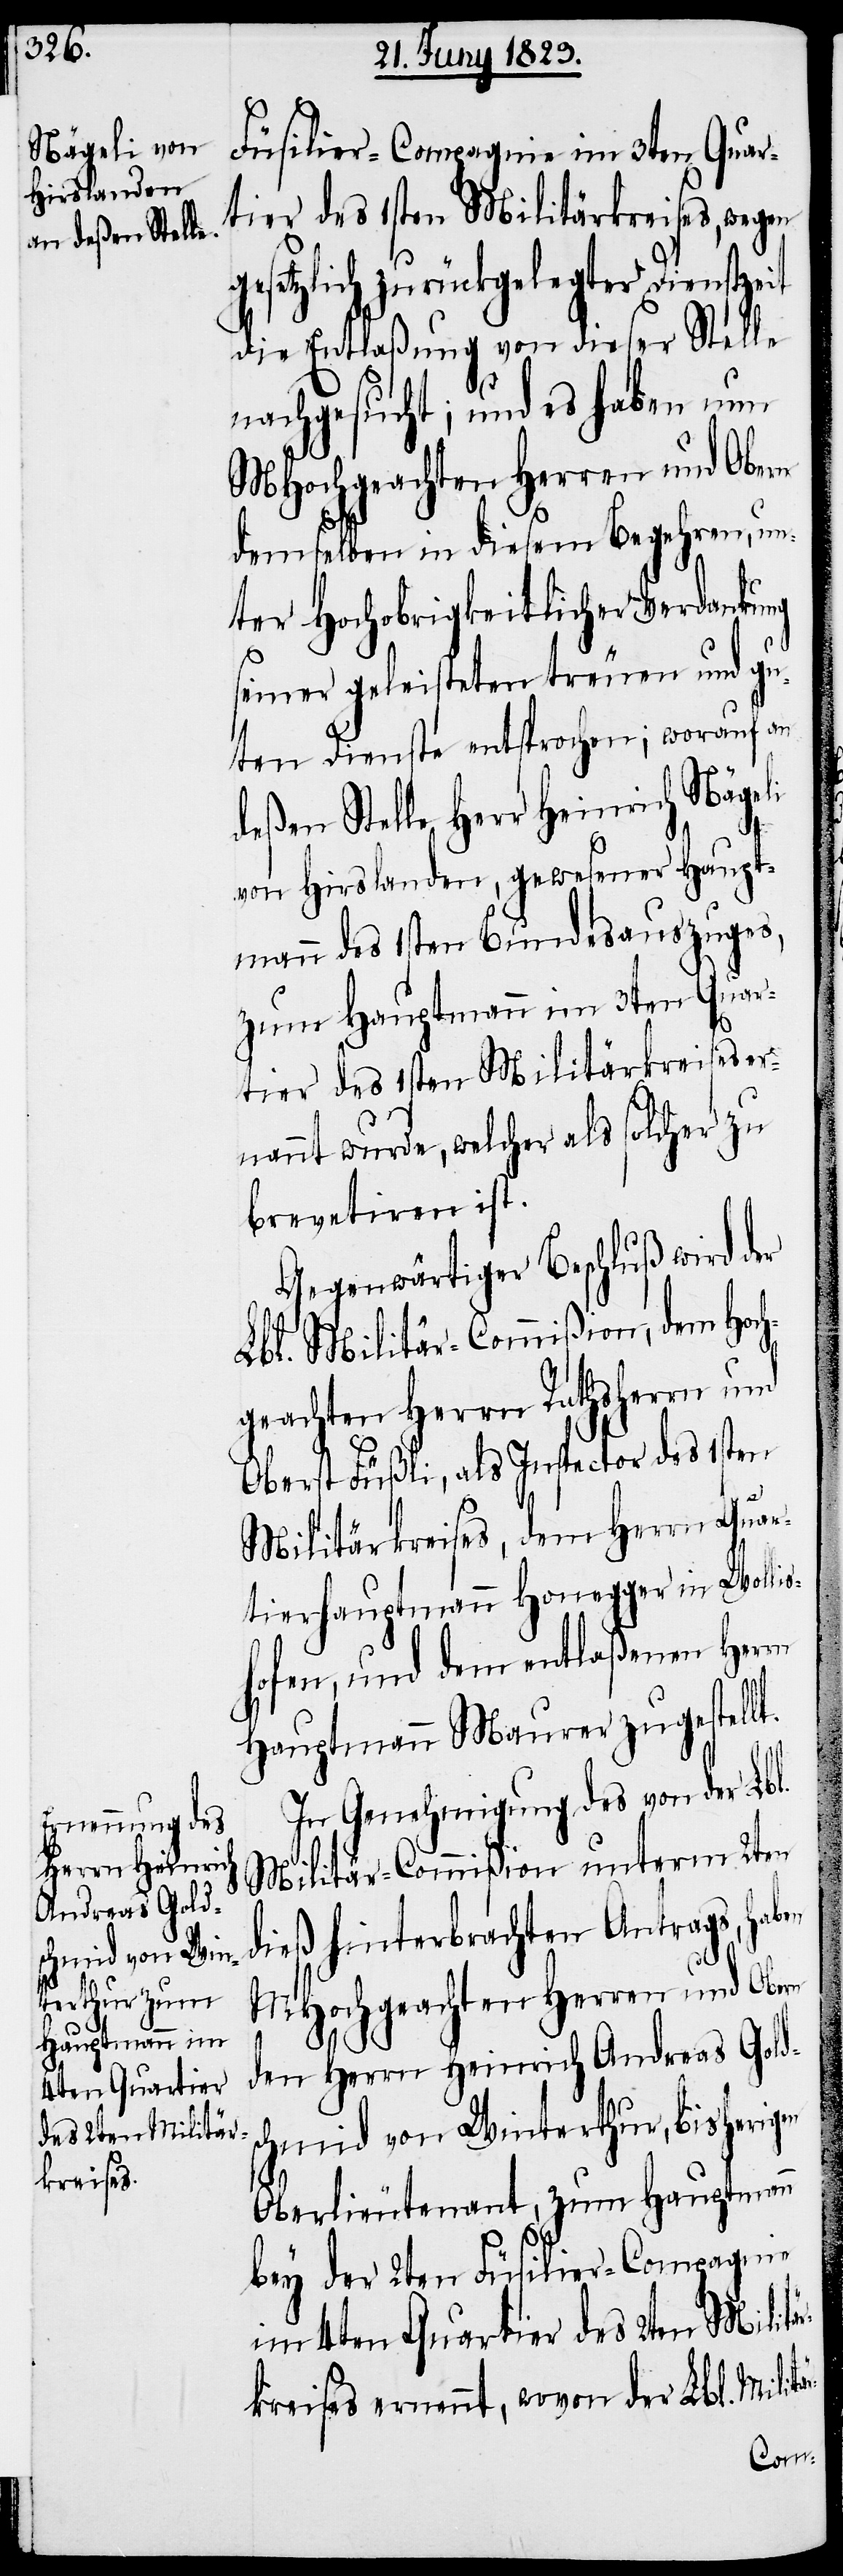
4ten Quartier
des 2ten Militär¬

Füsilier-Compagnie im 3ten Quar¬
tier des 1sten Militärkreises, wegen
setzlich zurückgelegter Dienstzeit
die Entlaßung von dieser Stelle
nachgesucht; und es haben nun
MHochgeachten Herren und Obern
demselben in diesem Begehren, un¬
ter Hochobrigkeitlicher Verdankung
seiner geleisteten treuen und gu¬
ten Dienste entsprochen; worauf an
deßen Stelle Herr Heinrich Nägeli
d¬
von Hirslanden, gewesener Haupt¬
mann des 1sten Bundesauszuges,
zum Hauptmann im 3ten Quar¬
tier des 1sten Militärkreises er¬
nannt wurde, welcher als solcher zu
brevetiren ist.
Gegenwärtiger Beschluß wird der
Lbl. Militär-Commißion, dem Hoch¬
geachten Herrn Rathsherrn und
Oberst Füßli, als Inspector des 1sten
Militärkreises, dem Herrn Quar¬
tierhauptmann Honegger in Wollis¬
hofen, und dem entlaßenen Herrn
Hauptmann Maurer zugestellt.
In Genehmigung des von der Lb¬
Militär-Commißion unterm 2ten
ieß hinterbrachten Antrags, haben
MHochgeachten Herren und Obern
den Herrn Heinrich Andreas Gold¬
schmid von Winterthur, bisherigen
Oberlieutenant, zum Hauptmann
bey der 2ten Füsilier-Compagnie
kreises ernennt, wovon der Lbl. Milit¬
är-